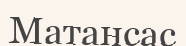
Матансас